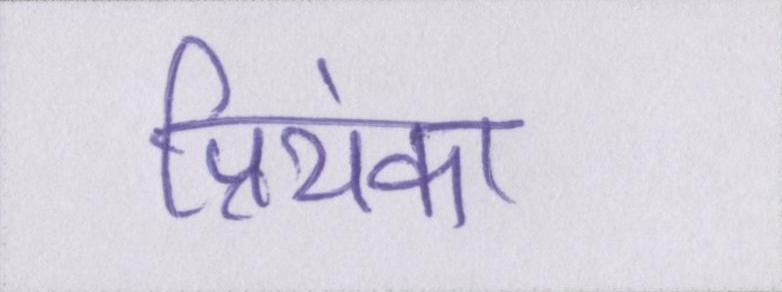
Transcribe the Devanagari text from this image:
प्रियंका